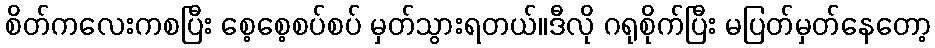
စိတ်ကလေးကစပြီး စေ့စေ့စပ်စပ် မှတ်သွားရတယ်။ဒီလို ဂရုစိုက်ပြီး မပြတ်မှတ်နေတော့